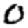
Digit: 0